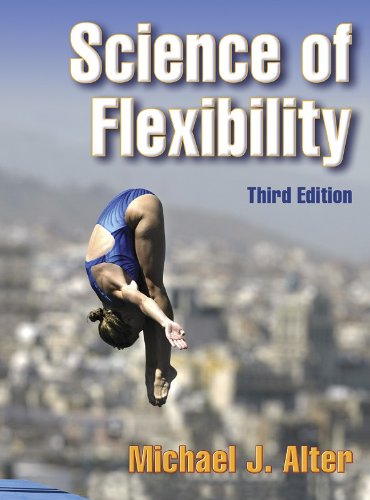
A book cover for Science of Flexibility - 3rd Edition; Michael Alter; Health, Fitness & Dieting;